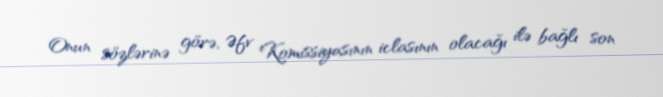
Onun sözlərinə görə, Əfv Komissiyasının iclasının olacağı ilə bağlı son